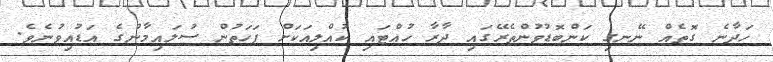
ހަދާނެ ގޮތެއް ނޭނގި ކަންބޮޑުވުންތެރޭގައި ދާރާ ހުއްޓައި ކުއްލިއަކަށް ފަހަތުން ސުލައިމާނުގެ އަޑުއިވުނެވެ.